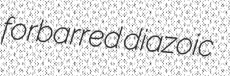
forbarred diazoic